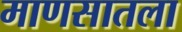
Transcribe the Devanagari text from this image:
माणसातला